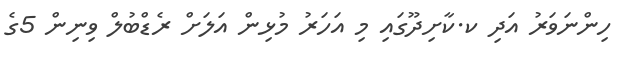
ހިންނަވަރު އަދި ކ.ކާށިދޫގައި މި އަހަރު މުޅިން އަލަށް ރެޑްބުލް ވިނިން 5ގެ